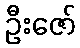
ဦးဇော်